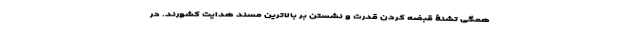
همگی تشنۀ قبضه کردن قدرت و نشستن بر بالاترین مسند هدایت کشورند. در